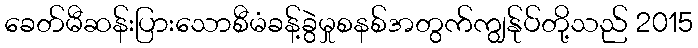
ခေတ်မီဆန်းပြားသောစီမံခန့်ခွဲမှုစနစ်အတွက်ကျွန်ုပ်တို့သည် 2015